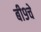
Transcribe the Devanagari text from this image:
बी९चे